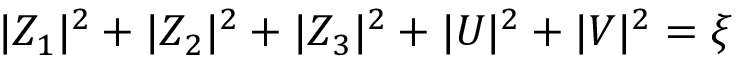
| Z _ { 1 } | ^ { 2 } + | Z _ { 2 } | ^ { 2 } + | Z _ { 3 } | ^ { 2 } + | U | ^ { 2 } + | V | ^ { 2 } = \xi